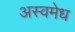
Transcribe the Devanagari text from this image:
अस्वमेध